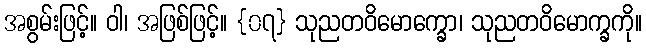
အစွမ်းဖြင့်။ ဝါ၊ အဖြစ်ဖြင့်။ {၀၇} သုညတဝိမောက္ခော၊ သုညတဝိမောက္ခကို။